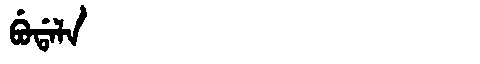
Manchu: ᠪᡠᡩᠠᠯᠠ
Romanization: BUDALA